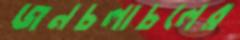
জনচলাচলের